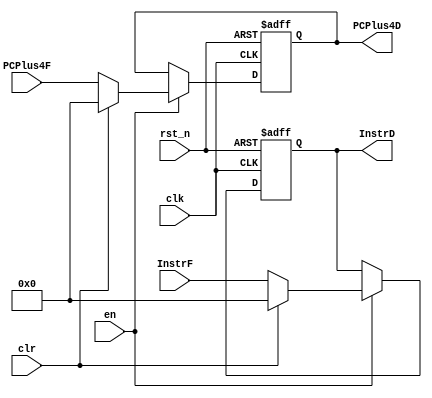
`timescale 1ns / 1ps
module IF_ID(
	input clk,
	input rst_n,
	input en,
	input clr,

	input [31:0]InstrF,
	output reg [31:0]InstrD,
	input [31:0]PCPlus4F,
	output reg [31:0]PCPlus4D
    );
	
	always @(posedge clk or negedge rst_n) begin
		if (~rst_n) begin
			InstrD<=0;
			PCPlus4D<=0;
		end
		else if (en) begin
			InstrD<=InstrF;
			PCPlus4D<=PCPlus4F;
			if(clr) begin
				InstrD<=0;
				PCPlus4D<=0;
			end
		end
	end
endmodule